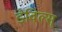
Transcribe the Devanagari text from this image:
डेविल्स्